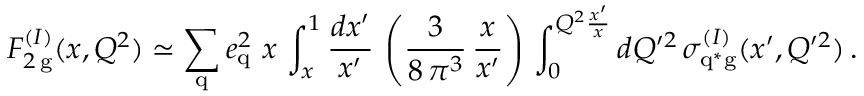
{ \cal F } _ { 2 \, \mathrm { g } } ^ { ( I ) } ( x , Q ^ { 2 } ) \simeq \sum _ { \mathrm { q } } e _ { \mathrm { q } } ^ { 2 } \ x \, \int _ { x } ^ { 1 } \frac { d x ^ { \prime } } { x ^ { \prime } } \, \left( \frac { 3 } { 8 \, \pi ^ { 3 } } \, \frac { x } { x ^ { \prime } } \right) \, \int _ { 0 } ^ { Q ^ { 2 } \frac { x ^ { \prime } } { x } } d Q ^ { \prime 2 } \, \sigma _ { \mathrm { q } ^ { \ast } \mathrm { g } } ^ { ( I ) } ( x ^ { \prime } , Q ^ { \prime 2 } ) \, .